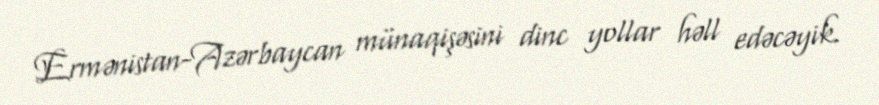
Ermənistan-Azərbaycan münaqişəsini dinc yollar həll edəcəyik.